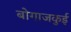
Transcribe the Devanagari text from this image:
बोगाजकुई